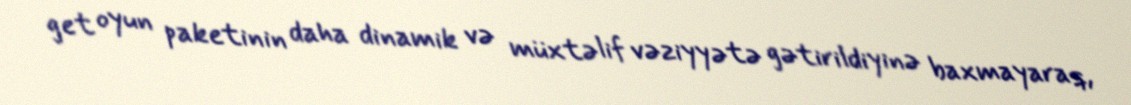
get oyun paketinin daha dinamik və müxtəlif vəziyyətə gətirildiyinə baxmayaraq,